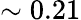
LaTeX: \sim 0.21